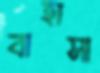
বাহাসা